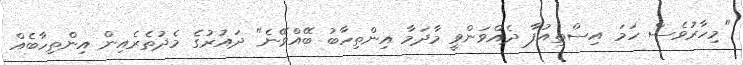
"މިހާރުވެސް ހަމަ އިސްތިއުފާ ދެއްވަންވީ މާދަމާ އިންތިހާބު ބޭއްވޭނެ" ދައުރުގެ މެދުތެރެއިން އިންތިހާބެއް